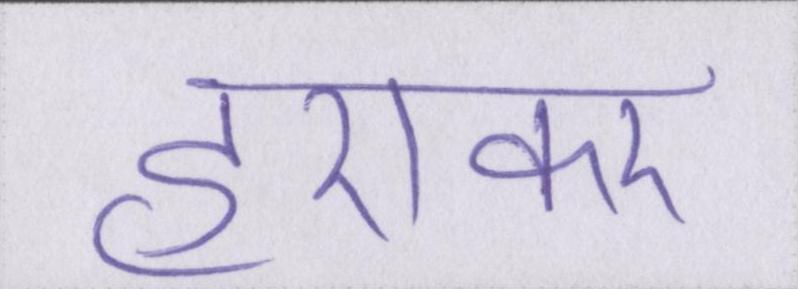
हराकर